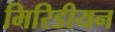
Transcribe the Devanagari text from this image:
मिरिडीयन